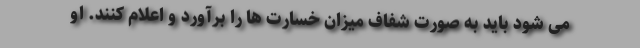
می شود باید به صورت شفاف میزان خسارت ها را برآورد و اعلام کنند. او